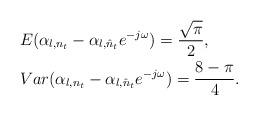
LaTeX: \begin{align*}&E(\alpha_{l,{{n}_t}}- \alpha_{l,{\hat{n}_t}} e^{-j\omega}) = \frac{\sqrt{\pi}}{2},\\&Var(\alpha_{l,{{n}_t}}- \alpha_{l,{\hat{n}_t}} e^{-j\omega}) = \frac{8-\pi}{4}.\end{align*}